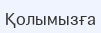
Қолымызға